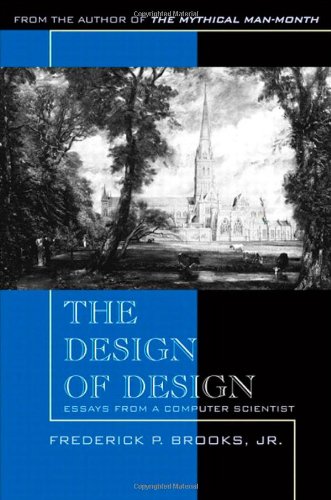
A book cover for The Design of Design: Essays from a Computer Scientist; Frederick P. Brooks Jr.; Computers & Technology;